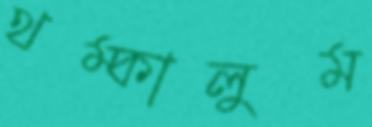
থম্‌কালুম